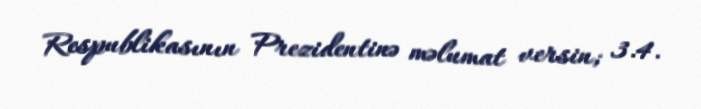
Respublikasının Prezidentinə məlumat versin; 3.4.